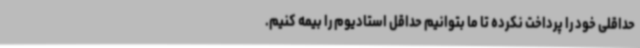
حداقلی خود را پرداخت نکرده تا ما بتوانیم حداقل استادیوم را بیمه کنیم.